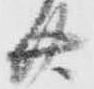
廿